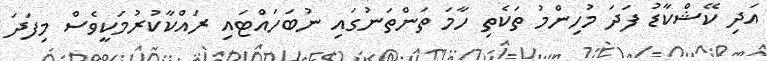
އަދި ކޭޝްކާޑު ފަދަ މުހިންމު ތަކެތި ހާމަ ތަންތަނުގައި ނުބަހައްޓައި ރައްކާކުރުމަކީވެސް މިފަދަ